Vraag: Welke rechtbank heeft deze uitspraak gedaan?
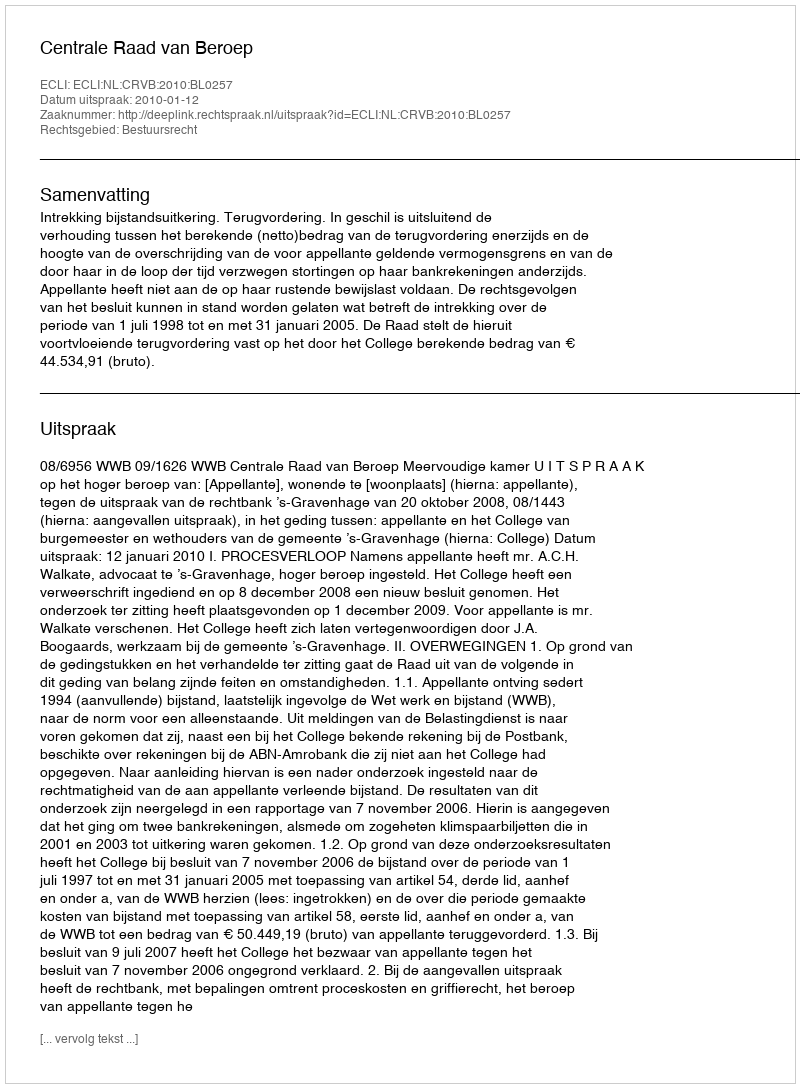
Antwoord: Centrale Raad van Beroep